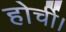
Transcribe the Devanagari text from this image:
होर्ची।